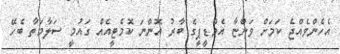
އެހެންވެއްޖެ ކަމަށް ވަންޏާ އެމްޑީޕީގެ ބާރު އޮންނަ ކޮމެޓީއެއް ގައުމީ ސަލާމަތާ ބެހޭ